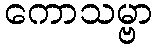
ကောသမ္ဗာ